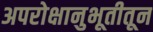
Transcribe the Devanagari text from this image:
अपरोक्षानुभूतीतून